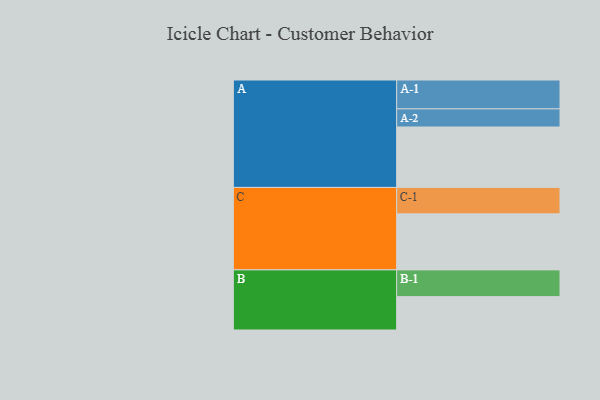
{"axis": {"x": "Segment", "y": "Value"}, "legend": ["", "A", "B", "C"], "data": [{"x": "A", "y": 576, "type": ""}, {"x": "B", "y": 318, "type": ""}, {"x": "C", "y": 534, "type": ""}, {"x": "A-1", "y": 275, "type": "A"}, {"x": "A-2", "y": 173, "type": "A"}, {"x": "B-1", "y": 255, "type": "B"}, {"x": "C-1", "y": 252, "type": "C"}]}